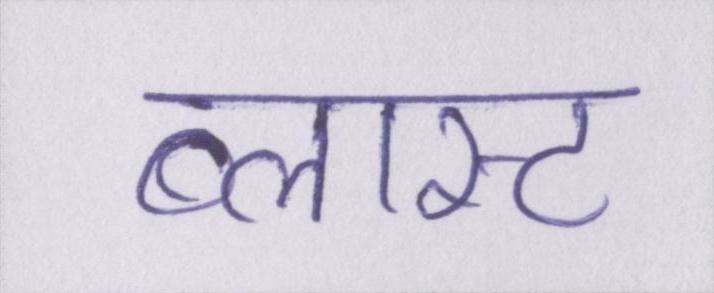
ब्लास्ट